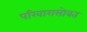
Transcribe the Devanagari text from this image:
परिवारासोबत